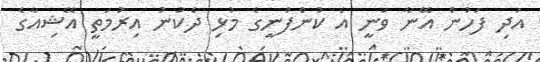
އަދި ފަހުން އޭނާ ވަނީ އެ ކުންފުނީގެ މުޅި ދެކުނު އިރުމަތީ އޭޝިއާގެ